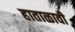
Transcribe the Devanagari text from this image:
हाताळावी